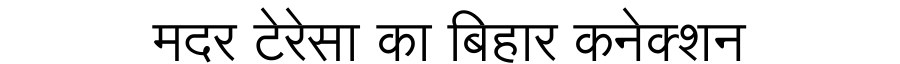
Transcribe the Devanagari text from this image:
मदर टेरेसा का बिहार कनेक्शन